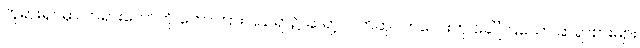
ဘုရားရှင်မှာ တရားတော်ကို ဟောကြားပြသရာ၌ ဆရာ့လက်ဆုပ်ကလေးဟု ခေါ်ကြသော ဆရာစားများ